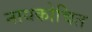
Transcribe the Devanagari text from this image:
नायकोचित